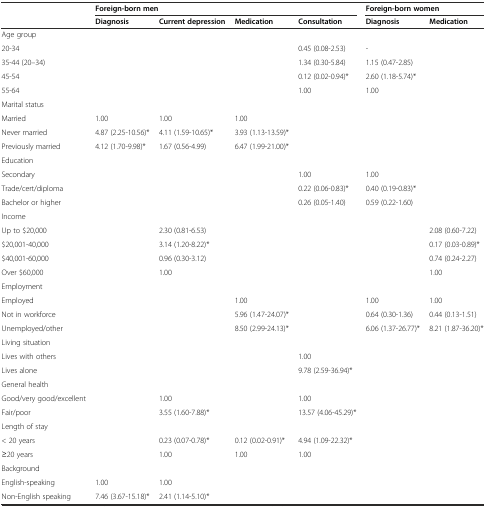
<table><thead><tr><td></td><td colspan="4"><b>Foreign-born men</b></td><td colspan="2"><b>Foreign-born women</b></td></tr><tr><td></td><td><b>Diagnosis</b></td><td><b>Current depression</b></td><td><b>Medication</b></td><td><b>Consultation</b></td><td><b>Diagnosis</b></td><td><b>Medication</b></td></tr></thead><tbody><tr><td>Age group</td><td></td><td></td><td></td><td></td><td></td><td></td></tr><tr><td>20-34</td><td></td><td></td><td></td><td>0.45 (0.08-2.53)</td><td>-</td><td></td></tr><tr><td>35-44 (20–34)</td><td></td><td></td><td></td><td>1.34 (0.30-5.84)</td><td>1.15 (0.47-2.85)</td><td></td></tr><tr><td>45-54</td><td></td><td></td><td></td><td>0.12 (0.02-0.94)*</td><td>2.60 (1.18-5.74)*</td><td></td></tr><tr><td>55-64</td><td></td><td></td><td></td><td>1.00</td><td>1.00</td><td></td></tr><tr><td>Marital status</td><td></td><td></td><td></td><td></td><td></td><td></td></tr><tr><td>Married</td><td>1.00</td><td>1.00</td><td>1.00</td><td></td><td></td><td></td></tr><tr><td>Never married</td><td>4.87 (2.25-10.56)*</td><td>4.11 (1.59-10.65)*</td><td>3.93 (1.13-13.59)*</td><td></td><td></td><td></td></tr><tr><td>Previously married</td><td>4.12 (1.70-9.98)*</td><td>1.67 (0.56-4.99)</td><td>6.47 (1.99-21.00)*</td><td></td><td></td><td></td></tr><tr><td>Education</td><td></td><td></td><td></td><td></td><td></td><td></td></tr><tr><td>Secondary</td><td></td><td></td><td></td><td>1.00</td><td>1.00</td><td></td></tr><tr><td>Trade/cert/diploma</td><td></td><td></td><td></td><td>0.22 (0.06-0.83)*</td><td>0.40 (0.19-0.83)*</td><td></td></tr><tr><td>Bachelor or higher</td><td></td><td></td><td></td><td>0.26 (0.05-1.40)</td><td>0.59 (0.22-1.60)</td><td></td></tr><tr><td>Income</td><td></td><td></td><td></td><td></td><td></td><td></td></tr><tr><td>Up to $20,000</td><td></td><td>2.30 (0.81-6.53)</td><td></td><td></td><td></td><td>2.08 (0.60-7.22)</td></tr><tr><td>$20,001-40,000</td><td></td><td>3.14 (1.20-8.22)*</td><td></td><td></td><td></td><td>0.17 (0.03-0.89)*</td></tr><tr><td>$40,001-60,000</td><td></td><td>0.96 (0.30-3.12)</td><td></td><td></td><td></td><td>0.74 (0.24-2.27)</td></tr><tr><td>Over $60,000</td><td></td><td>1.00</td><td></td><td></td><td></td><td>1.00</td></tr><tr><td>Employment</td><td></td><td></td><td></td><td></td><td></td><td></td></tr><tr><td>Employed</td><td></td><td></td><td>1.00</td><td></td><td>1.00</td><td>1.00</td></tr><tr><td>Not in workforce</td><td></td><td></td><td>5.96 (1.47-24.07)*</td><td></td><td>0.64 (0.30-1.36)</td><td>0.44 (0.13-1.51)</td></tr><tr><td>Unemployed/other</td><td></td><td></td><td>8.50 (2.99-24.13)*</td><td></td><td>6.06 (1.37-26.77)*</td><td>8.21 (1.87-36.20)*</td></tr><tr><td>Living situation</td><td></td><td></td><td></td><td></td><td></td><td></td></tr><tr><td>Lives with others</td><td></td><td></td><td></td><td>1.00</td><td></td><td></td></tr><tr><td>Lives alone</td><td></td><td></td><td></td><td>9.78 (2.59-36.94)*</td><td></td><td></td></tr><tr><td>General health</td><td></td><td></td><td></td><td></td><td></td><td></td></tr><tr><td>Good/very good/excellent</td><td></td><td>1.00</td><td></td><td>1.00</td><td></td><td></td></tr><tr><td>Fair/poor</td><td></td><td>3.55 (1.60-7.88)*</td><td></td><td>13.57 (4.06-45.29)*</td><td></td><td></td></tr><tr><td>Length of stay</td><td></td><td></td><td></td><td></td><td></td><td></td></tr><tr><td>&lt; 20 years</td><td></td><td>0.23 (0.07-0.78)*</td><td>0.12 (0.02-0.91)*</td><td>4.94 (1.09-22.32)*</td><td></td><td></td></tr><tr><td>≥20 years</td><td></td><td>1.00</td><td>1.00</td><td>1.00</td><td></td><td></td></tr><tr><td>Background</td><td></td><td></td><td></td><td></td><td></td><td></td></tr><tr><td>English-speaking</td><td>1.00</td><td>1.00</td><td></td><td></td><td></td><td></td></tr><tr><td>Non-English speaking</td><td>7.46 (3.67-15.18)*</td><td>2.41 (1.14-5.10)*</td><td></td><td></td><td></td><td></td></tr></tbody></table>